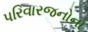
પરિવારજનોના